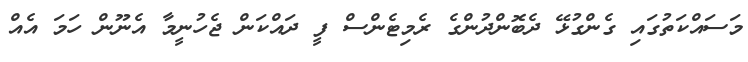
މަސައްކަތުގައި ގެންގުޅޭ ދެބޮންދުންގެ ރެމިޓެންސް ފީ ދައްކަން ޖެހުނީމާ އެނޫން ހަމަ އެއް